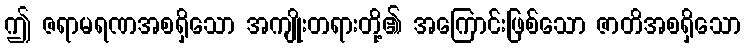
ဤ ဇရာမရဏအစရှိသော အကျိုးတရားတို့၏ အကြောင်းဖြစ်သော ဇာတိအစရှိသော